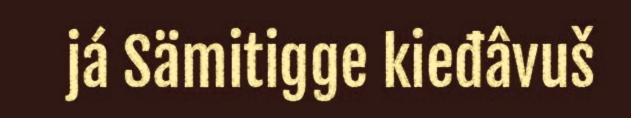
já Sämitigge kieđâvuš